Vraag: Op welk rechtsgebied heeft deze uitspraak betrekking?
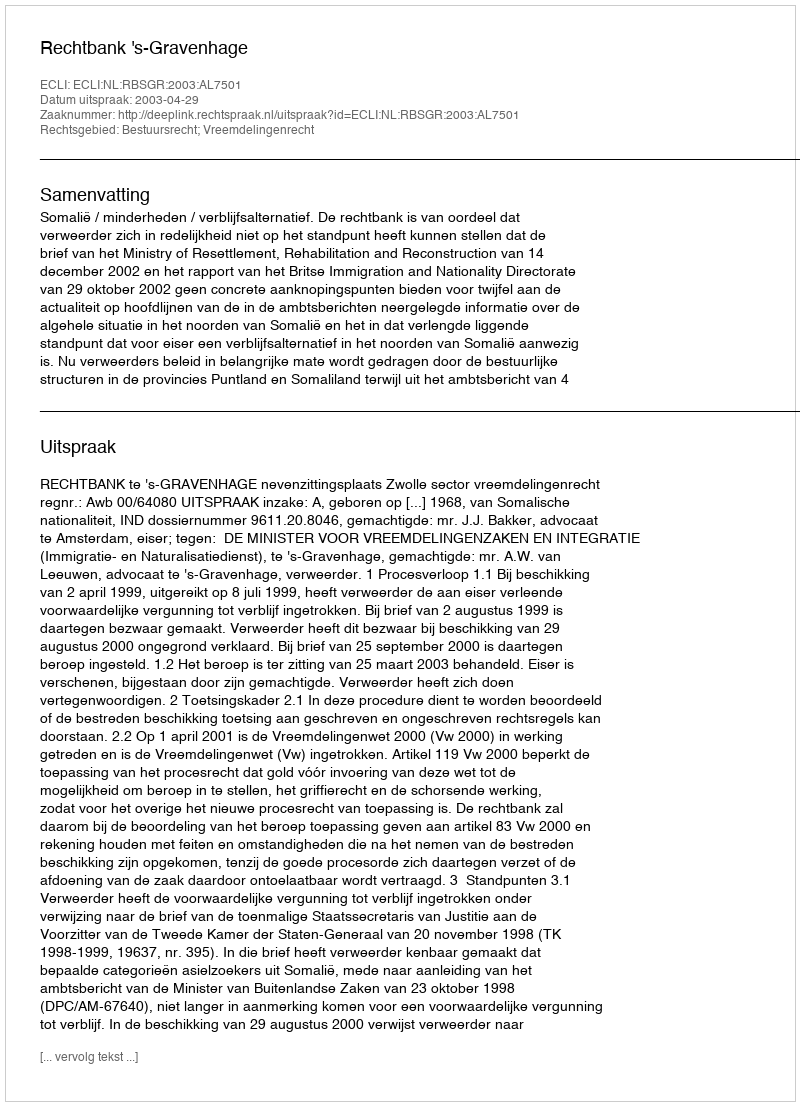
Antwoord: Bestuursrecht; Vreemdelingenrecht